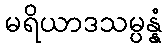
မရိယာဒသမ္ပန္နံ